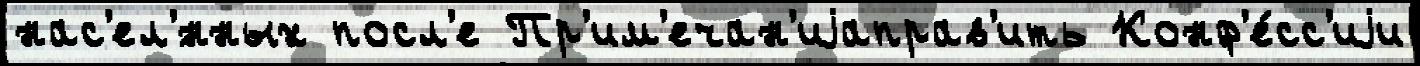
нас'ел'́нных посл'е Пр'им'ечан'иjаправ'ить Конф'е́сс'иjи